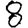
Digit: 8